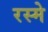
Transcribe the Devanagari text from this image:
रस्मे